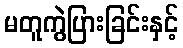
မတူကွဲပြားခြင်းနှင့်